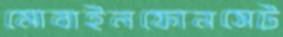
মোবাইলফোনসেট